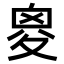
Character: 𡕩